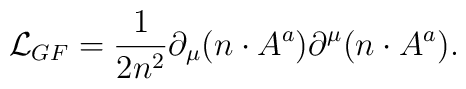
{\cal L}_{GF}=\frac{1}{2n^2} \partial_\mu(n\cdot  A^a)\partial^\mu(n\cdot A^a).